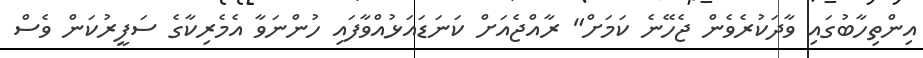
އިންތިހާބުގައި ވާދަކުރެވެން ޖެހޭނެ ކަމަށް" ރާއްޖެއަށް ކަނަޑައަޅުއްވާފައި ހުންނަވާ އެމެރިކާގެ ސަފީރުކަން ވެސް